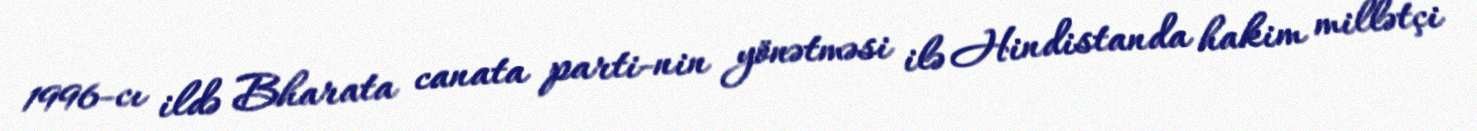
1996-cı ildə Bharata canata parti-nin yönətməsi ilə Hindistanda hakim millətçi